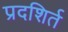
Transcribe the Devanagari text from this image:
प्रदशिर्त